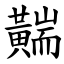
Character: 䵎